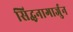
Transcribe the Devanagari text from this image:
सिद्धनागार्जुन